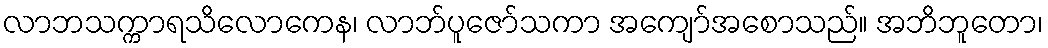
လာဘသက္ကာရသိလောကေန၊ လာဘ်ပူဇော်သကာ အကျော်အစောသည်။ အဘိဘူတော၊